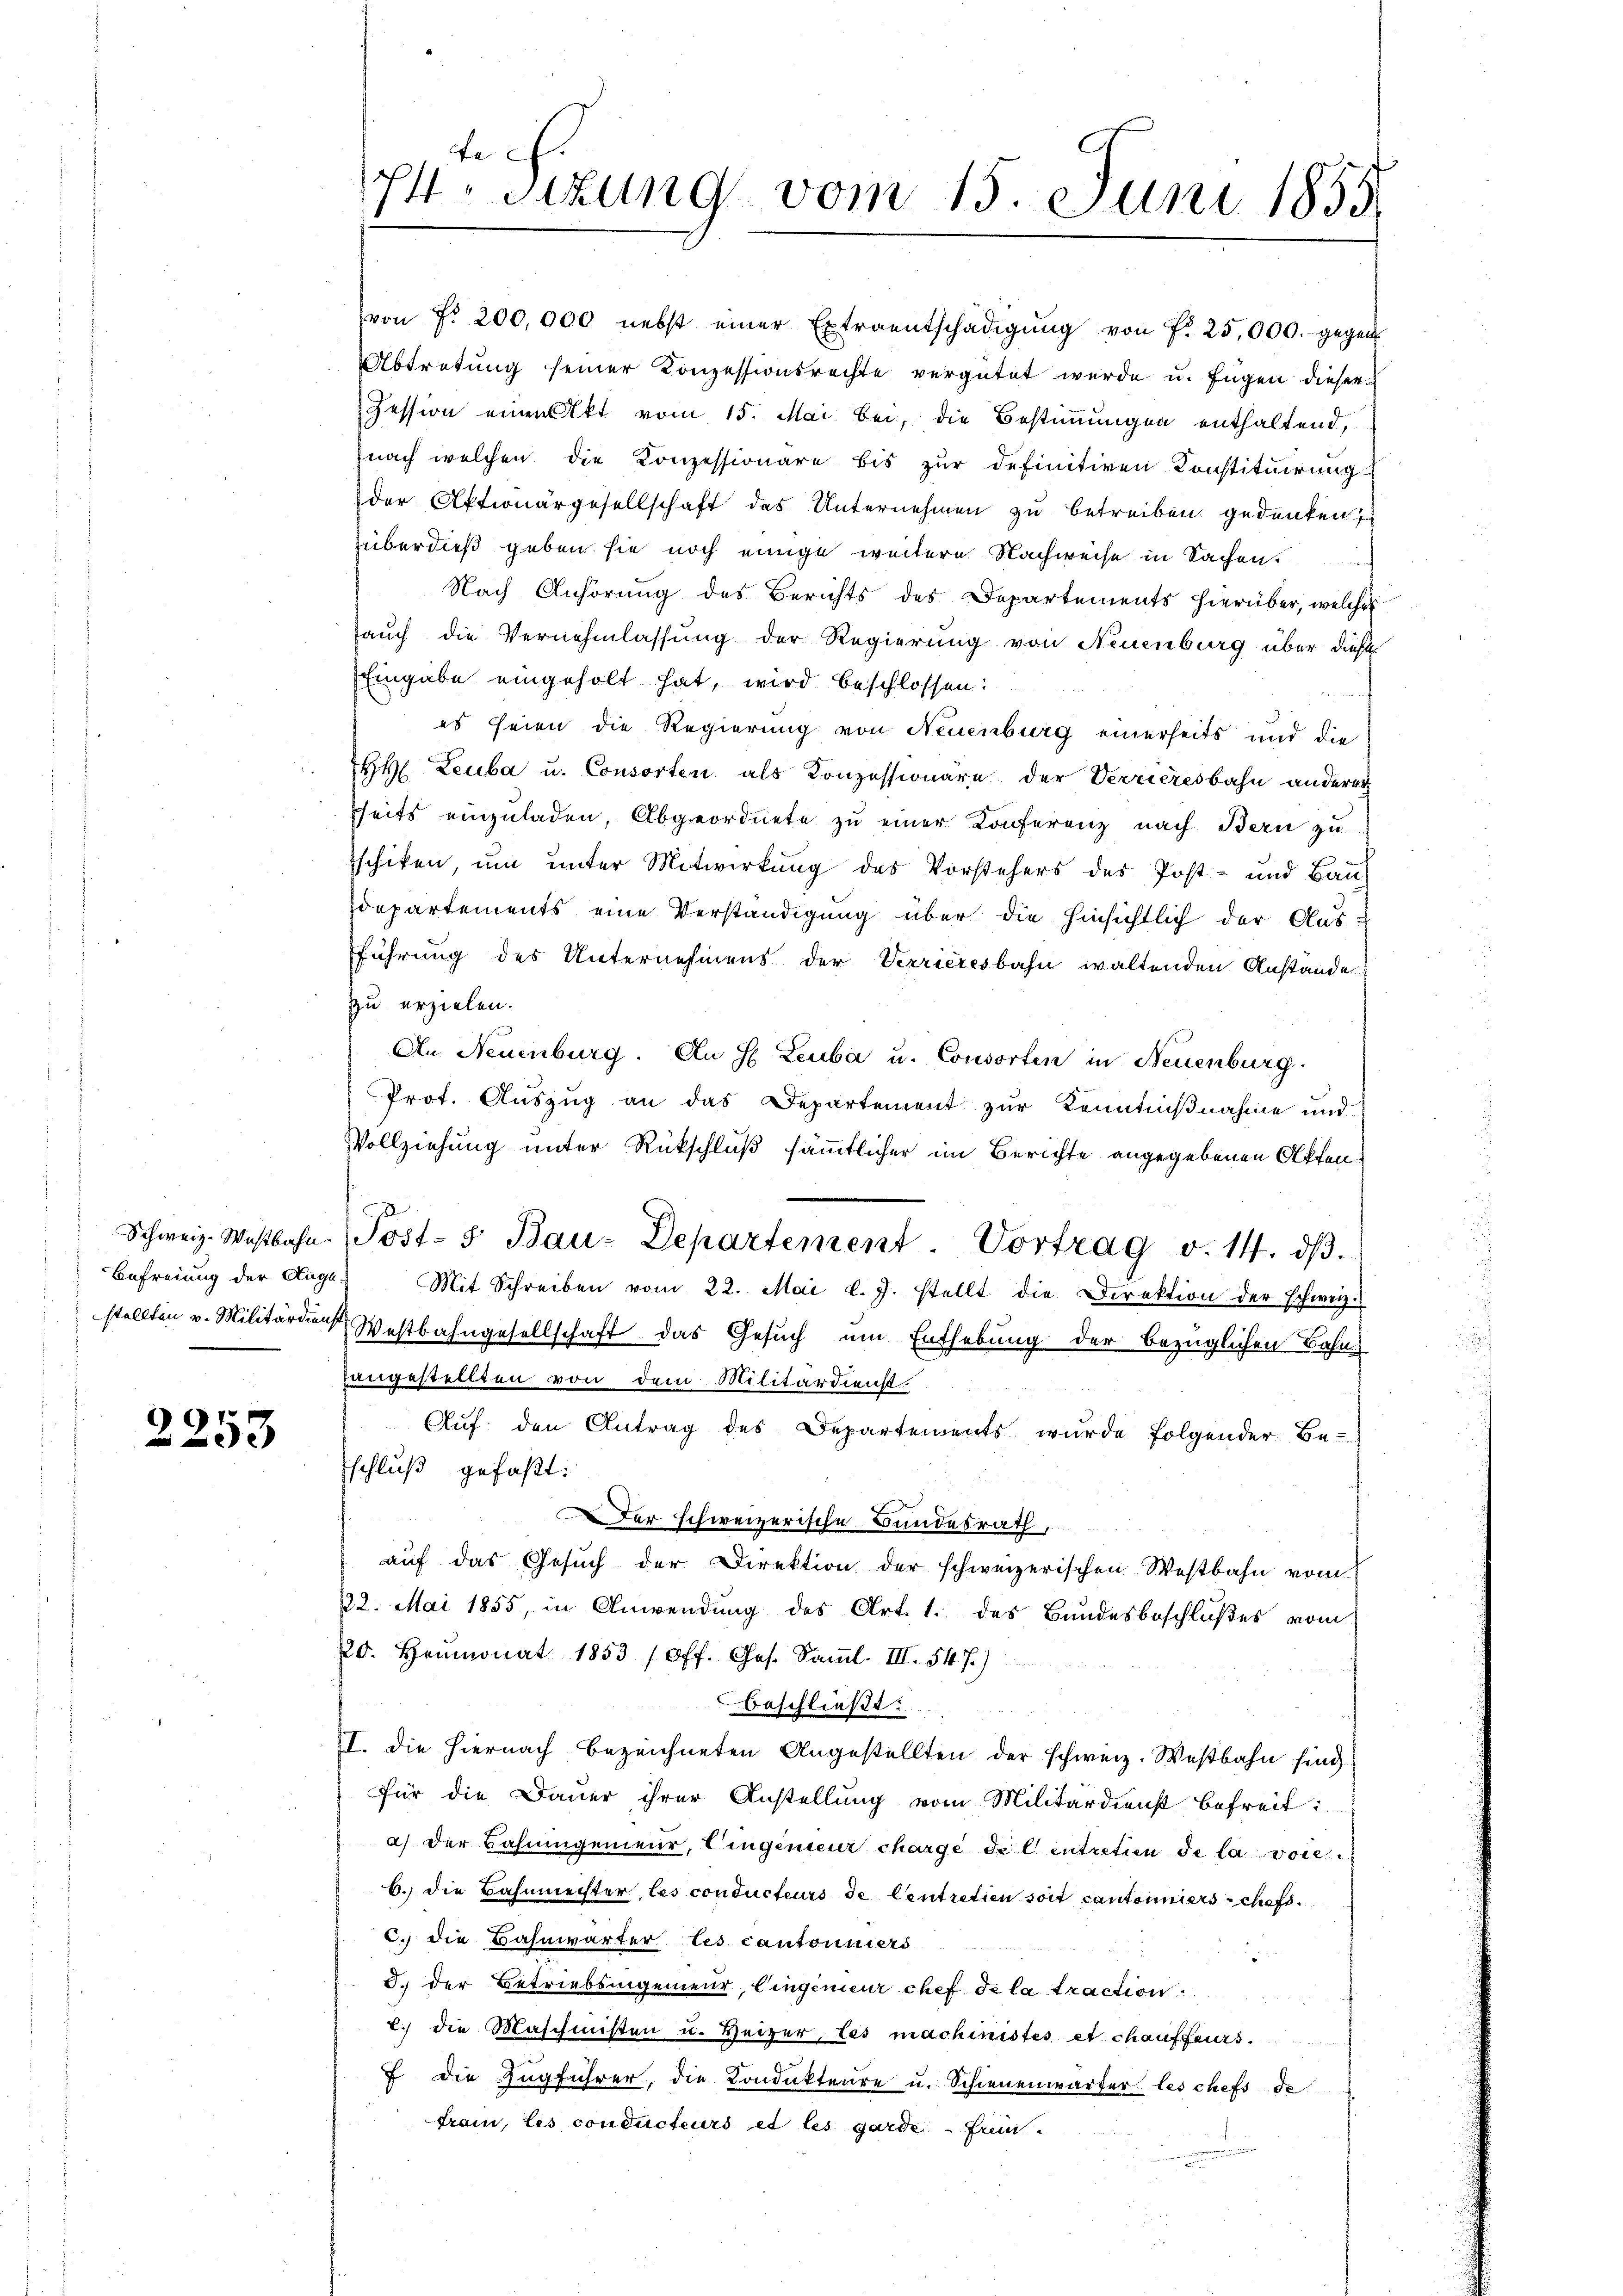
Befreiung der Lage.

91.
3

(von N. 200,000 nebst einer Extraentschädigŭng von fr. 25,000.- gegen
Abtretung seiner Konzessionsrechte vergütet wurde u. fügen dieser
Zession einen Akt vom 15. Mai bei, die Bestimmungen enthaltend,
nach welchen die Konzessionäre bis zŭr definitiven Konstitŭirŭng
der Aktionärgesellschaft das Unternehmen zu betreiben gedenken
überdieß geben sie noch einige weitere Nachweise in Sachen.
Nach Anhörung des Berichts des Departements hierüber, welches
auch die Vernehmlassung der Regierung von Neuenburg über diese
Eingabe eingeholt hat, wird beschlossen:
es seien die Regierung von Neuenburg einerseits und die
HH. Leuba u. Consorten als Konzessionäre der Verrieresbahn anderer
seits einzuladen, Abgeordnete zu einer Konferenz nach Bern zu
schiken, um unter Mitwirkung des Vorstehers des Post- und Bau-
dopartements eine Verständigung über die hinsichtlich der Aus-
führung des Unternehmens der Verrieresbahn waltenden Anstande
zu erzielen.
An Neuenburg. An H Leuba u. Consorten in Neuenburg.
Prot. Auszug an das Departement zur Kenntnißnahme und
Vollziehung unter Rückschluß sämmtlicher im Berichte angegebenen Offen¬
Schweiz. Wastbahn. Post- & Bau-Departement. Vortrag v. 14. dβ.
Mit Schreiben vom 22. Mai l. J. stellt die Direktion der schweiz.
stellten v. Militärdiens Westbahngesellschaft das Gesuch um Enthebung der bezüglichen Bahnangestellten von dem Militärdienst.
Auf den Antrag des Departements wurde folgender Be-
Eschluß gefaßt:
Der schweizerische Bundesrath,
auf das Gesuch der Direktion der schweizerischen Westbahn vom
22. Mai 1855, in Anwendung des Art. 1. des Bundesbeschlußes vom
20. Heumonat 1853 (Off. Ges. Saml. III. 547.)
beschließt:
I. die hiernach bezeichneten Angestellten der schweiz. Westbahn sind
für die Dauer ihrer Anstellung vom Militärdienst befreit i
a) der Bahningenieur, Eingenieur charge de l. intretien de la voll
6. die Bahnmeister, les conducteurs de Centretien soit cantonniers schofs
c.) die Bahnwärter les cantonniers
3. der Betriebsingenieur, Eingenieur chef de la traction
c.) die Maschinisten u. Heizer, Les machinistes et chauffeurs.
7 die Zugführer, die Kondukteure u. Schienenwärter les chefs de
fram, les conducteurs et les garde - sein

pr Sitzung vom 15. Juni 1855.